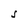
Character: S